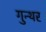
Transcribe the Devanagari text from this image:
गुन्थर